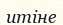
итіне